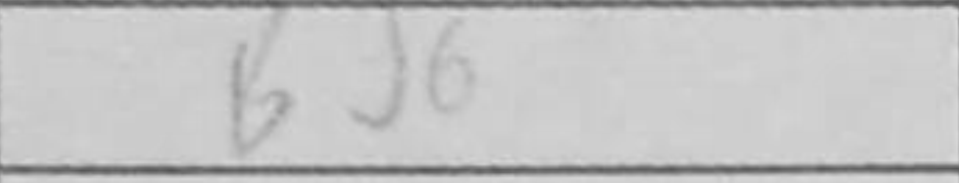
Transcription: Bd6